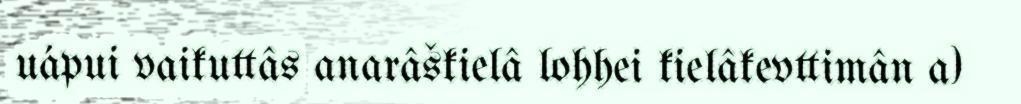
uápui vaikuttâs anarâškielâ lohhei kielâkevttimân a)